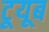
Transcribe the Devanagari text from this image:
टूयूब